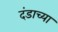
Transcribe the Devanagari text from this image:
दंडाच्या